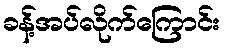
ခန့်အပ်လိုက်ကြောင်း